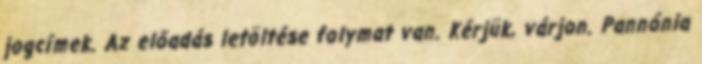
jogcímek. Az előadás letöltése folymat van. Kérjük, várjon. Pannónia